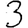
Digit: 3